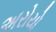
અરોયો